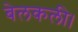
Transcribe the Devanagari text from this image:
बेलकली।